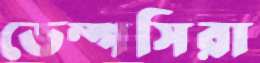
ডেম্পসিরা